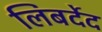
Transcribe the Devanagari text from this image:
लिबर्देद